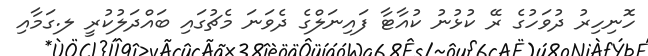
ހޮނިހިރު ދުވަހުގެ ރޭ ކުޅުނު ކުއާޓާ ފައިނަލްގެ ދެވަނަ މެޗުގައި ބައްދަލުކުރީ ލ.ގަމާއި